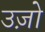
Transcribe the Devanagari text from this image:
उज़ो